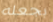
بجعله